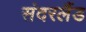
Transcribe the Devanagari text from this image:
संदरलैंड